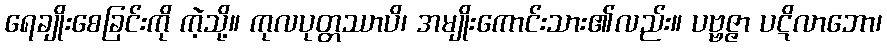
ရေချိုးစေခြင်းကို ကဲ့သို့။ ကုလပုတ္တဿာပိ၊ အမျိုးကောင်းသား၏လည်း။ ပဗ္ဗဇ္ဇာ ပဋိလာဘော၊